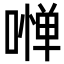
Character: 𠼺